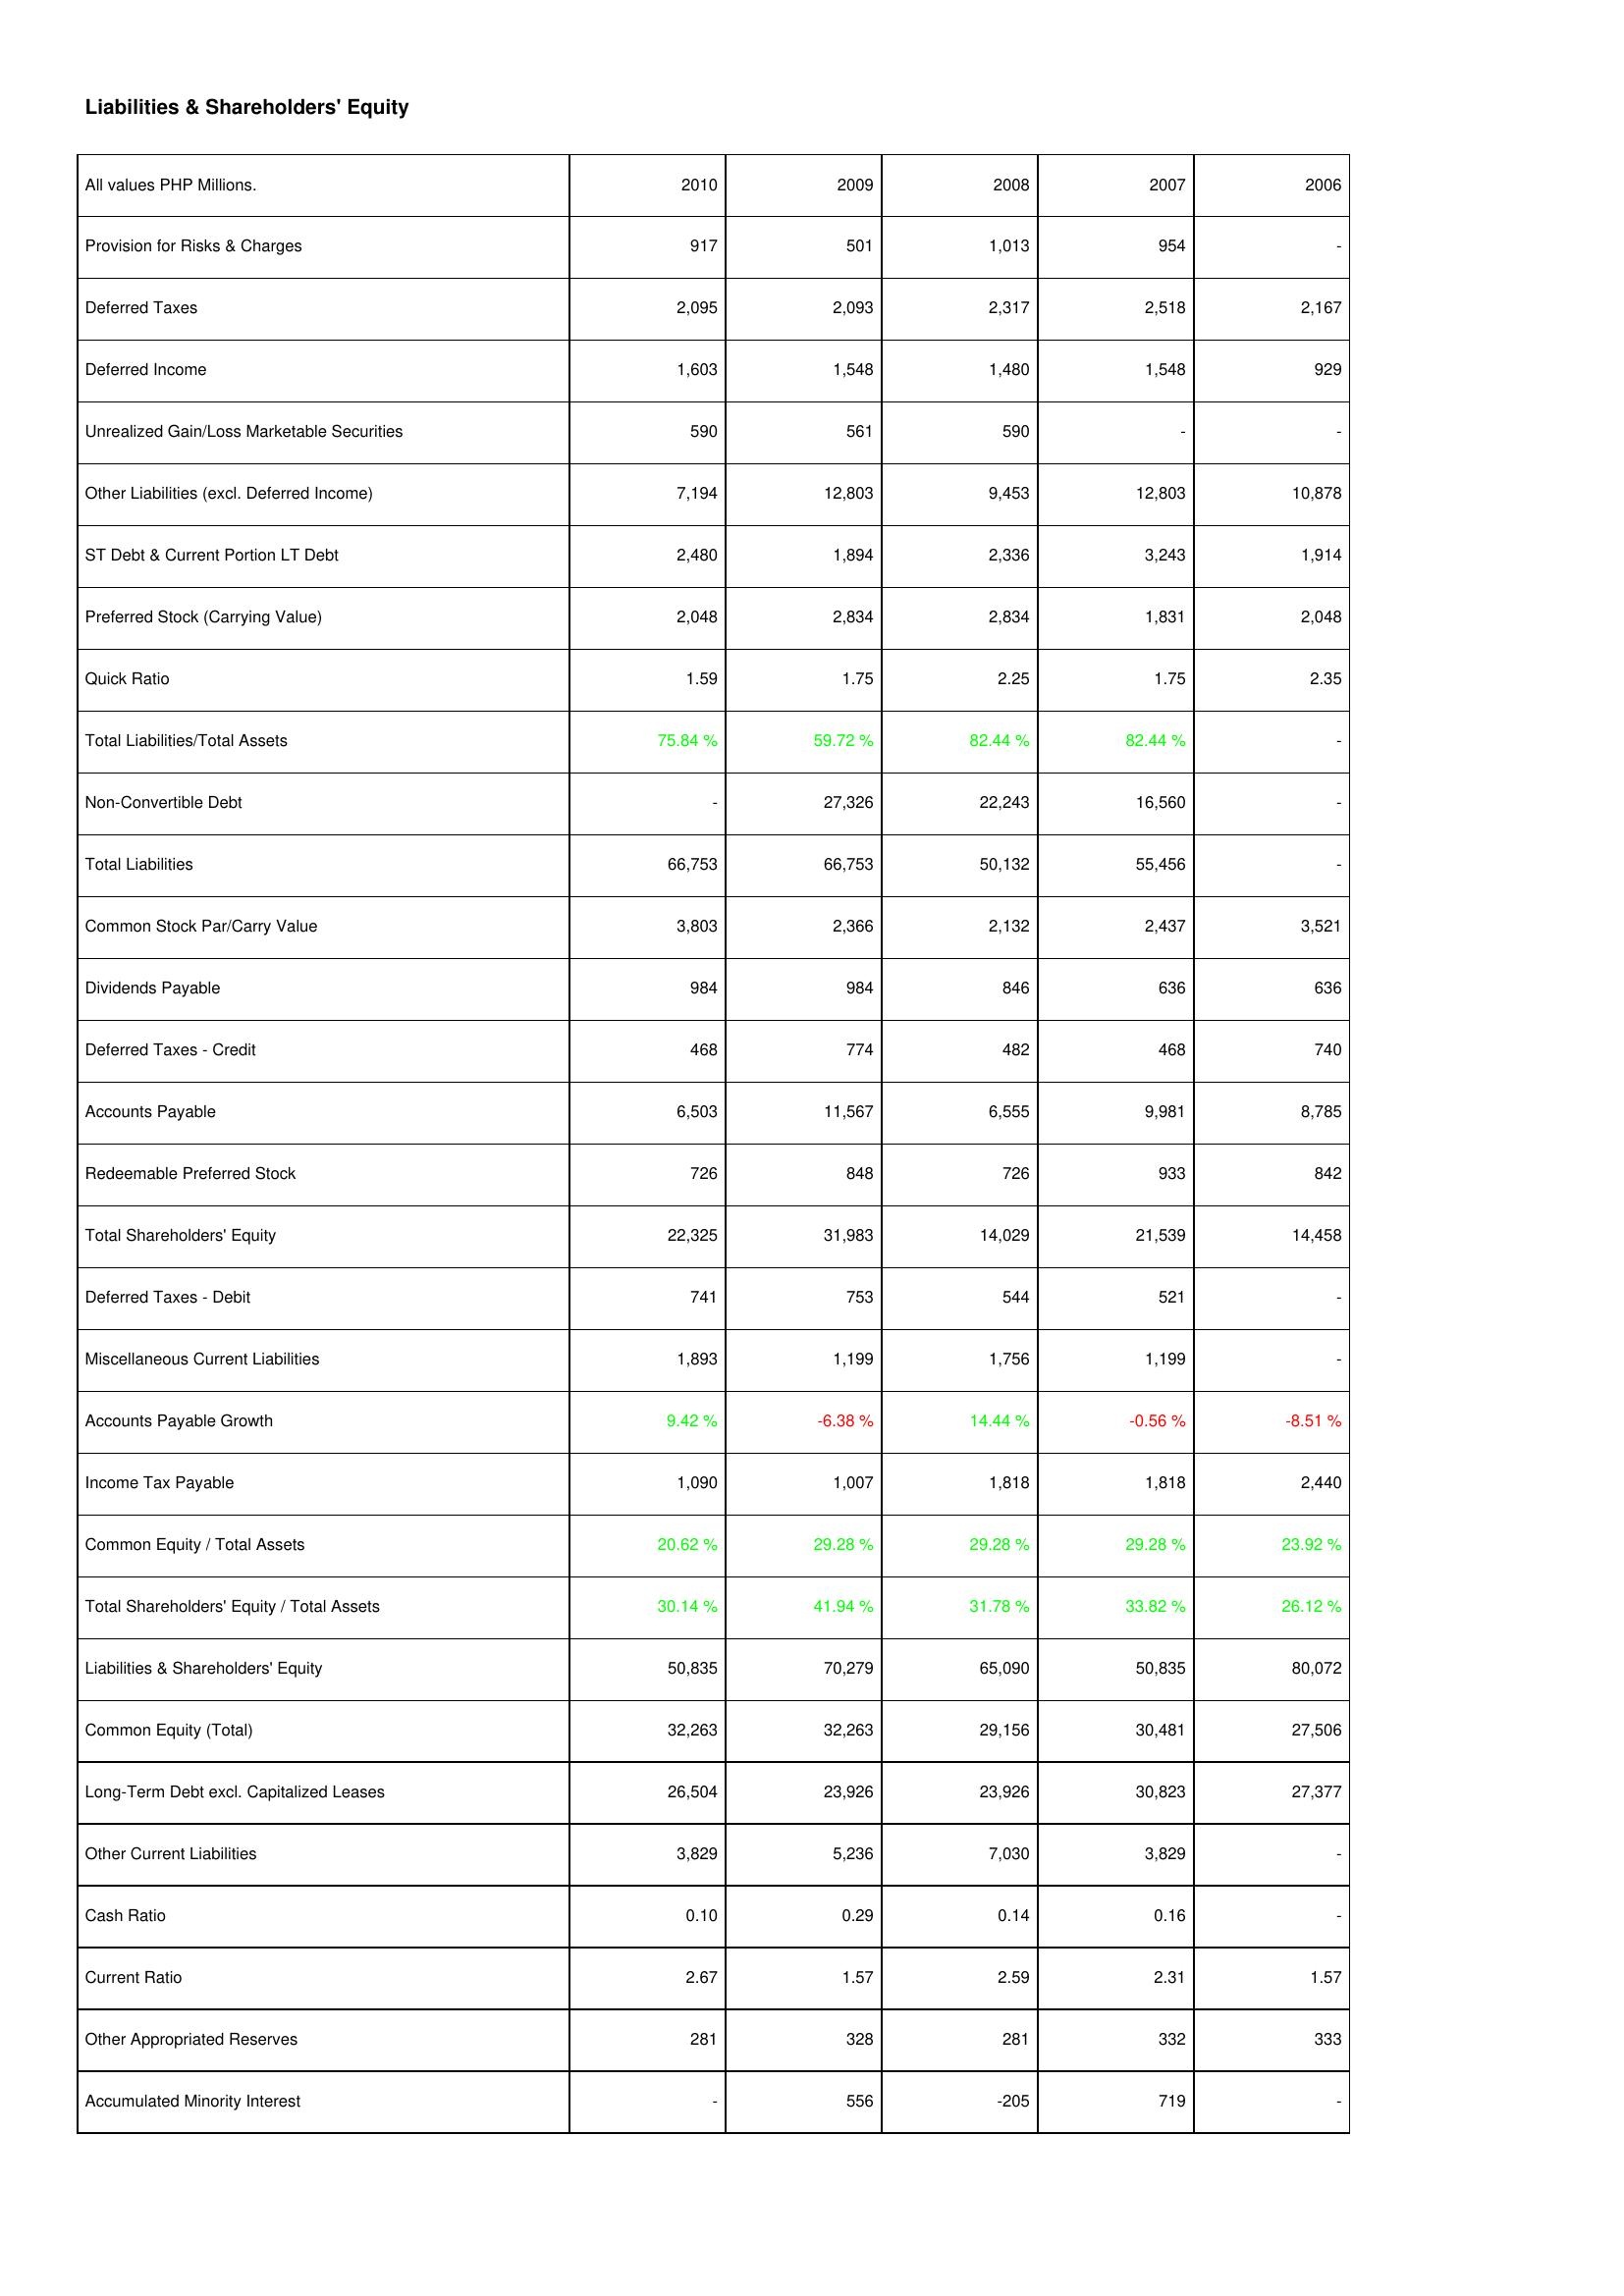
2010: Liabilities & Shareholders' Equity: Provision for Risks & Charges: 917
Deferred Taxes: 2,095
Deferred Income: 1,603
Unrealized Gain/Loss Marketable Securities: 590
Other Liabilities (excl. Deferred Income): 7,194
ST Debt & Current Portion LT Debt: 2,480
Preferred Stock (Carrying Value): 2,048
Quick Ratio: 1.59
Total Liabilities/Total Assets: 75.84 %
Non-Convertible Debt: -
Total Liabilities: 66,753
Common Stock Par/Carry Value: 3,803
Dividends Payable: 984
Deferred Taxes - Credit: 468
Accounts Payable: 6,503
Redeemable Preferred Stock: 726
Total Shareholders' Equity: 22,325
Deferred Taxes - Debit: 741
Miscellaneous Current Liabilities: 1,893
Accounts Payable Growth: 9.42 %
Income Tax Payable: 1,090
Common Equity / Total Assets: 20.62 %
Total Shareholders' Equity / Total Assets: 30.14 %
Liabilities & Shareholders' Equity: 50,835
Common Equity (Total): 32,263
Long-Term Debt excl. Capitalized Leases: 26,504
Other Current Liabilities: 3,829
Cash Ratio: 0.10
Current Ratio: 2.67
Other Appropriated Reserves: 281
Accumulated Minority Interest: -
2009: Liabilities & Shareholders' Equity: Provision for Risks & Charges: 501
Deferred Taxes: 2,093
Deferred Income: 1,548
Unrealized Gain/Loss Marketable Securities: 561
Other Liabilities (excl. Deferred Income): 12,803
ST Debt & Current Portion LT Debt: 1,894
Preferred Stock (Carrying Value): 2,834
Quick Ratio: 1.75
Total Liabilities/Total Assets: 59.72 %
Non-Convertible Debt: 27,326
Total Liabilities: 66,753
Common Stock Par/Carry Value: 2,366
Dividends Payable: 984
Deferred Taxes - Credit: 774
Accounts Payable: 11,567
Redeemable Preferred Stock: 848
Total Shareholders' Equity: 31,983
Deferred Taxes - Debit: 753
Miscellaneous Current Liabilities: 1,199
Accounts Payable Growth: -6.38 %
Income Tax Payable: 1,007
Common Equity / Total Assets: 29.28 %
Total Shareholders' Equity / Total Assets: 41.94 %
Liabilities & Shareholders' Equity: 70,279
Common Equity (Total): 32,263
Long-Term Debt excl. Capitalized Leases: 23,926
Other Current Liabilities: 5,236
Cash Ratio: 0.29
Current Ratio: 1.57
Other Appropriated Reserves: 328
Accumulated Minority Interest: 556
2008: Liabilities & Shareholders' Equity: Provision for Risks & Charges: 1,013
Deferred Taxes: 2,317
Deferred Income: 1,480
Unrealized Gain/Loss Marketable Securities: 590
Other Liabilities (excl. Deferred Income): 9,453
ST Debt & Current Portion LT Debt: 2,336
Preferred Stock (Carrying Value): 2,834
Quick Ratio: 2.25
Total Liabilities/Total Assets: 82.44 %
Non-Convertible Debt: 22,243
Total Liabilities: 50,132
Common Stock Par/Carry Value: 2,132
Dividends Payable: 846
Deferred Taxes - Credit: 482
Accounts Payable: 6,555
Redeemable Preferred Stock: 726
Total Shareholders' Equity: 14,029
Deferred Taxes - Debit: 544
Miscellaneous Current Liabilities: 1,756
Accounts Payable Growth: 14.44 %
Income Tax Payable: 1,818
Common Equity / Total Assets: 29.28 %
Total Shareholders' Equity / Total Assets: 31.78 %
Liabilities & Shareholders' Equity: 65,090
Common Equity (Total): 29,156
Long-Term Debt excl. Capitalized Leases: 23,926
Other Current Liabilities: 7,030
Cash Ratio: 0.14
Current Ratio: 2.59
Other Appropriated Reserves: 281
Accumulated Minority Interest: -205
2007: Liabilities & Shareholders' Equity: Provision for Risks & Charges: 954
Deferred Taxes: 2,518
Deferred Income: 1,548
Unrealized Gain/Loss Marketable Securities: -
Other Liabilities (excl. Deferred Income): 12,803
ST Debt & Current Portion LT Debt: 3,243
Preferred Stock (Carrying Value): 1,831
Quick Ratio: 1.75
Total Liabilities/Total Assets: 82.44 %
Non-Convertible Debt: 16,560
Total Liabilities: 55,456
Common Stock Par/Carry Value: 2,437
Dividends Payable: 636
Deferred Taxes - Credit: 468
Accounts Payable: 9,981
Redeemable Preferred Stock: 933
Total Shareholders' Equity: 21,539
Deferred Taxes - Debit: 521
Miscellaneous Current Liabilities: 1,199
Accounts Payable Growth: -0.56 %
Income Tax Payable: 1,818
Common Equity / Total Assets: 29.28 %
Total Shareholders' Equity / Total Assets: 33.82 %
Liabilities & Shareholders' Equity: 50,835
Common Equity (Total): 30,481
Long-Term Debt excl. Capitalized Leases: 30,823
Other Current Liabilities: 3,829
Cash Ratio: 0.16
Current Ratio: 2.31
Other Appropriated Reserves: 332
Accumulated Minority Interest: 719
2006: Liabilities & Shareholders' Equity: Provision for Risks & Charges: -
Deferred Taxes: 2,167
Deferred Income: 929
Unrealized Gain/Loss Marketable Securities: -
Other Liabilities (excl. Deferred Income): 10,878
ST Debt & Current Portion LT Debt: 1,914
Preferred Stock (Carrying Value): 2,048
Quick Ratio: 2.35
Total Liabilities/Total Assets: -
Non-Convertible Debt: -
Total Liabilities: -
Common Stock Par/Carry Value: 3,521
Dividends Payable: 636
Deferred Taxes - Credit: 740
Accounts Payable: 8,785
Redeemable Preferred Stock: 842
Total Shareholders' Equity: 14,458
Deferred Taxes - Debit: -
Miscellaneous Current Liabilities: -
Accounts Payable Growth: -8.51 %
Income Tax Payable: 2,440
Common Equity / Total Assets: 23.92 %
Total Shareholders' Equity / Total Assets: 26.12 %
Liabilities & Shareholders' Equity: 80,072
Common Equity (Total): 27,506
Long-Term Debt excl. Capitalized Leases: 27,377
Other Current Liabilities: -
Cash Ratio: -
Current Ratio: 1.57
Other Appropriated Reserves: 333
Accumulated Minority Interest: -